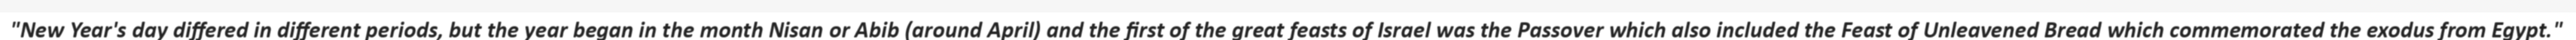
"New Year's day differed in different periods, but the year began in the month Nisan or Abib (around April) and the first of the great feasts of Israel was the Passover which also included the Feast of Unleavened Bread which commemorated the exodus from Egypt."